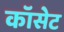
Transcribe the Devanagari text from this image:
कॉसेट